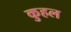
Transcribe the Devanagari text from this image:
कुहल